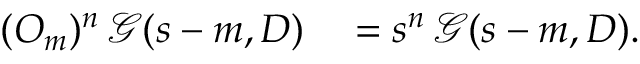
\begin{array} { r l } { ( O _ { m } ) ^ { n } \, { \mathcal { G } } ( s - m , D ) } & { { } = s ^ { n } \, { \mathcal { G } } ( s - m , D ) . } \end{array}